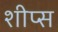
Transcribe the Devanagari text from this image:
शीप्स